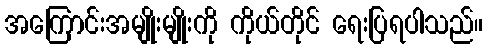
အကြောင်းအမျိုးမျိုးကို ကိုယ်တိုင် ရေးပြရပါသည်။